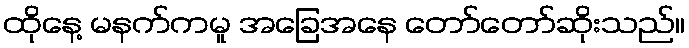
ထိုနေ့ မနက်ကမူ အခြေအနေ တော်တော်ဆိုးသည်။